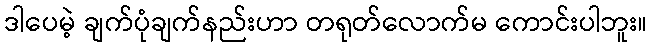
ဒါပေမဲ့ ချက်ပုံချက်နည်းဟာ တရုတ်လောက်မ ကောင်းပါဘူး။